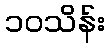
၁၀သိန်း